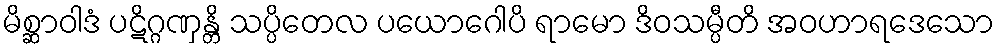
မိစ္ဆာဝါဒံ ပဋိဂ္ဂဏှန္တိ သပ္ပိတေလ ပယောဂေါပိ ရာမော ဒိဝသမ္ပီတိ အဝဟာရဒေသော